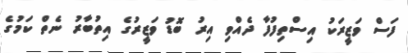
ފަސް ވަޒީރަކު އިސްތިފުފާ ދެއްވި އިރު ބޮޑު ވަޒީރުގެ އިތުބާރު ނެތް ކަމުގެ